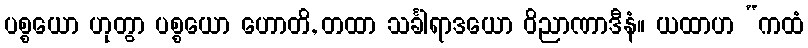
ပစ္စယော ဟုတွာ ပစ္စယော ဟောတိ, တထာ သင်္ခါရာဒယော ဝိညာဏာဒီနံ။ ယထာဟ “ကထံ